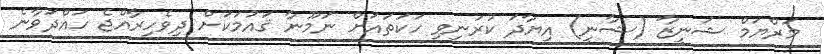
މަރްޔަމް ޝަނީޒާ (ޝާނީ) އިޔާދަ ކުރަނިވި ހަކަތައަށް ނަމޫނާ ޤައުމަކަށް ދިވެހިރާއްޖެ ހައްދަވާނެ